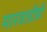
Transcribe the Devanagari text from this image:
मारवाडीही